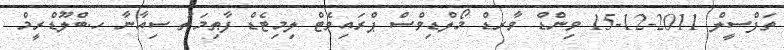
ތަފްސީލް 2011-12-15 ވިންޑް ވާރޑް މޯލްޑިވްސް ޕްރައިވެޓް ލިމިޓެޑް ފާޠިމަތު ސިއާނާ ހ.ބްލޫޑްރީމް